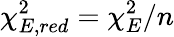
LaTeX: \chi_{E,red}^{2}=\chi_{E}^{2}/n